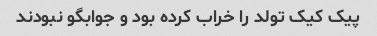
پیک کیک تولد را خراب کرده بود و جوابگو نبودند